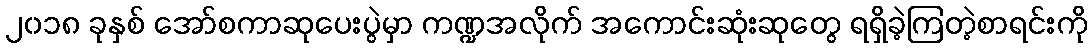
၂၀၁၈ ခုနှစ် အော်စကာဆုပေးပွဲမှာ ကဏ္ဍအလိုက် အကောင်းဆုံးဆုတွေ ရရှိခဲ့ကြတဲ့စာရင်းကို